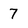
Character: 7